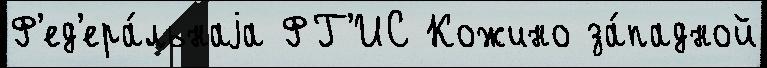
Ф'ед'ера́льнаjа ФГ'ИС Кожино за́падной